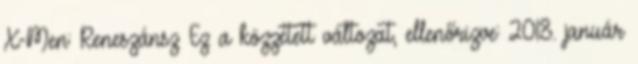
X-Men: Reneszánsz Ez a közzétett változat, ellenőrizve: 2018. január